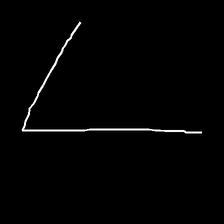
Glyph: region